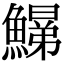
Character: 𩻋